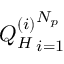
{ Q _ { H } ^ { ( i ) } } _ { i = 1 } ^ { N _ { p } }